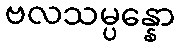
ဗလသမ္ပန္နော